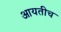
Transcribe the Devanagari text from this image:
आयतीच